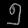
Digit: ၅